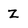
Character: Z